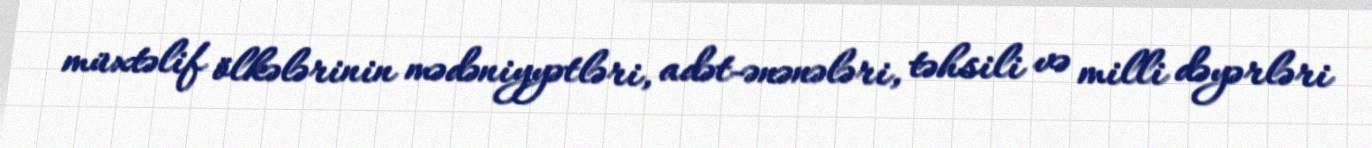
müxtəlif ölkələrinin mədəniyyətləri, adət-ənənələri, təhsili və milli dəyərləri